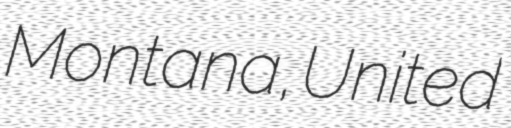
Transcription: Montana, United